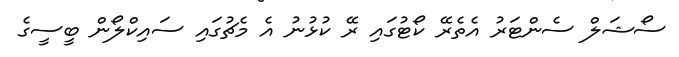
ސޯޝަލް ސެންޓަރު އެތެރޭ ކޯޓުގައި ރޭ ކުޅުނު އެ މެޗުގައި ސައިކްލޯން ބީސީގެ